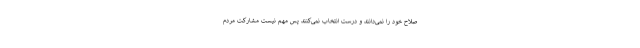
صلاح خود را نمی‌دانند و درست انتخاب نمی‌کنند پس مهم نیست مشارکت مردم